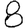
Digit: 8